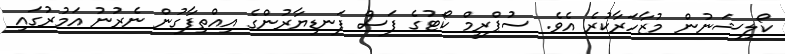
ކޯލިޝަނުން މުޒާހަރާކުރެ އެވެ. ސުޕްރީމް ކޯޓުގެ ފަސް ފަނޑިޔާރުންގެ އިއްތިފާގުން ނެރުނު އަމުރުގައި